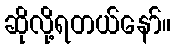
ဆိုလို့ရတယ်နော်။